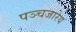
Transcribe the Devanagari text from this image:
पञ्चजारेय